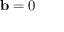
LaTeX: \ \mathbf { b } = 0